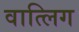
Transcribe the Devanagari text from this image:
वात्लिग